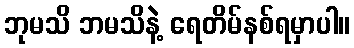
ဘုမသိ ဘမသိနဲ့ ရေတိမ်နစ်ရမှာပါ။